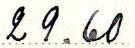
29.60